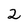
Character: 2